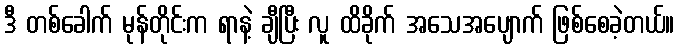
ဒီ တစ်ခေါက် မုန်တိုင်းက ရာနဲ့ ချီပြီး လူ ထိခိုက် အသေအပျောက် ဖြစ်စေခဲ့တယ်။